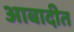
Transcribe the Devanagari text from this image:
आबादीत